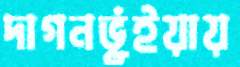
দাগনভূঁইয়ায়